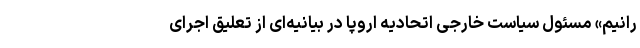
رانیم» مسئول سیاست خارجی اتحادیه اروپا در بیانیه‌ای از تعلیق اجرای